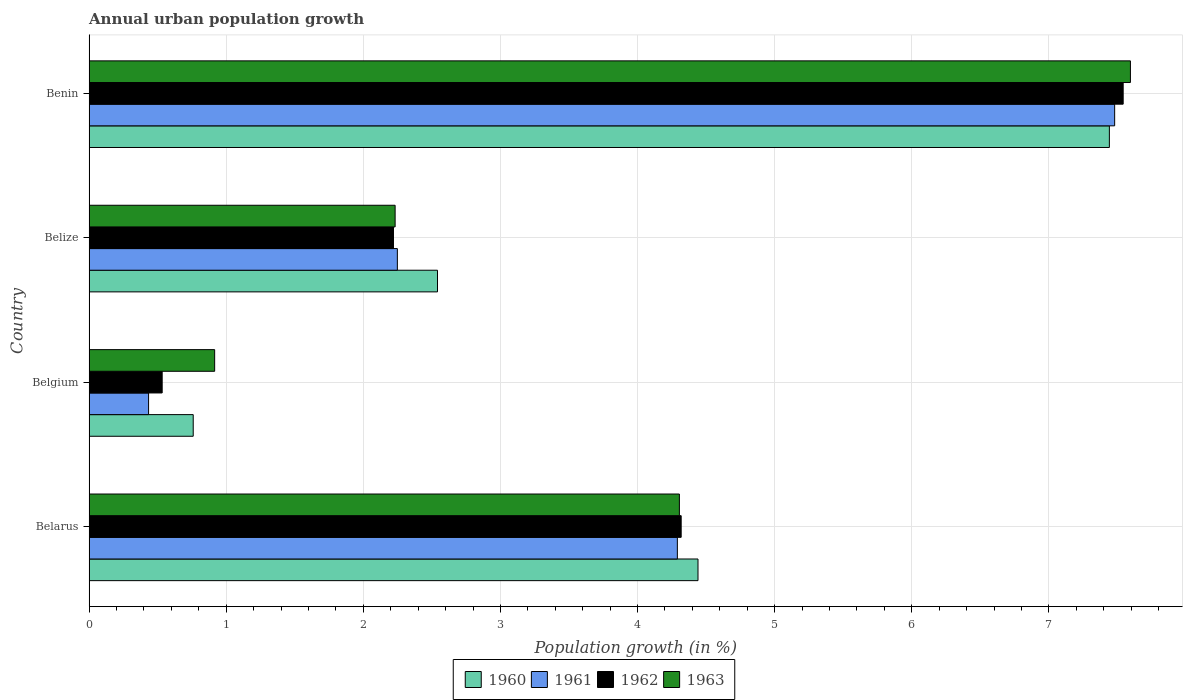
| Country | 1960 | 1961 | 1962 | 1963 |
 | --- | --- | --- | --- | --- |
 | Belarus | 4.44 | 4.29 | 4.32 | 4.31 |
 | Belgium | 0.759 | 0.434 | 0.533 | 0.916 |
 | Belize | 2.54 | 2.25 | 2.22 | 2.23 |
 | Benin | 7.44 | 7.48 | 7.54 | 7.59 |